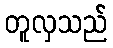
တူလှသည်